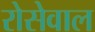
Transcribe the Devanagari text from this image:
रोसेवाल